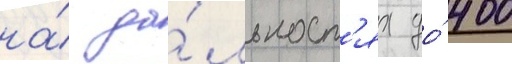
на́ да́льност'ях до́ 400